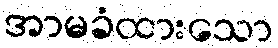
အာမခံထားသော